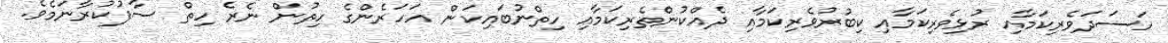
ހަސަދަވެރިކަމާއި ރުޅިވެރިކަމާއި ކިބުރުވެރިކަމާއި ދެއްކުންެތެރިކަމާއި ހިތްނުބައިކަން އަހަރެންގެ ހިތުން ނެރެ ހިތް ސާފުކުރާނަމެވެ.